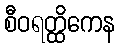
စီဝရတ္ထိကေန